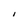
Character: i